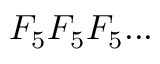
F _ { 5 } F _ { 5 } F _ { 5 } . . .